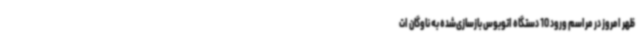
ظهر امروز در مراسم ورود 10 دستگاه اتوبوس بازسازی‌شده به ناوگان ات